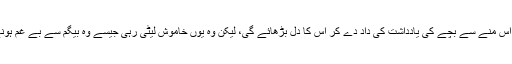
سوچ رہا تھا کہ موصوفہ 68سال کے اس منے سے بچے کی یادداشت کی داد دے کر اس کا دل بڑھائے گی، لیکن وہ یوں خاموش لیٹی رہی جیسے وہ بیگم سے بے غم ہونے کا اسم بامسمی کردار ادا کر رہی ہو۔